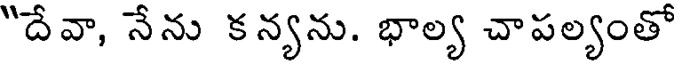
"దేవా, నేను కన్యను. భాల్య చాపల్యంతో